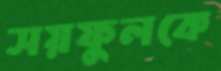
সয়ফুলকে